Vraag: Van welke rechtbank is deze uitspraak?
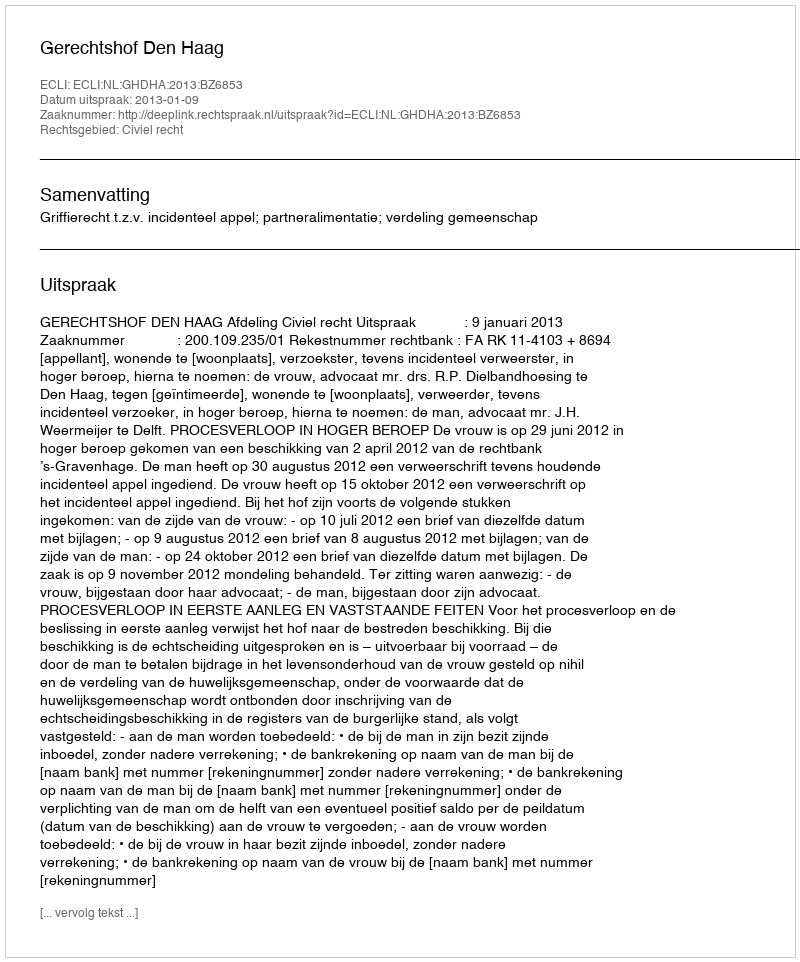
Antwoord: Gerechtshof Den Haag